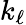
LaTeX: k_{\ell}